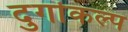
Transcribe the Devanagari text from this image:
दुर्गाकल्प